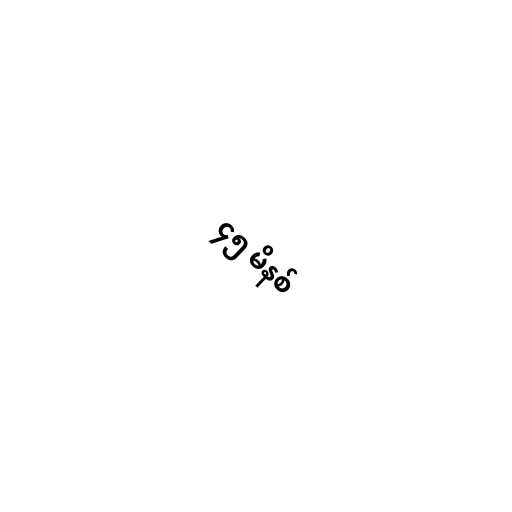
၄၅ မိနစ်